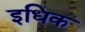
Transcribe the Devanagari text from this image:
इधिक